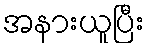
အနားယူပြီး